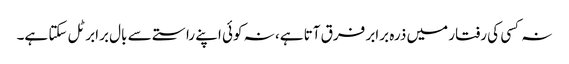
نہ کسی کی رفتار میں ذرہ برابر فرق آتا ہے، نہ کوئی اپنے راستے سے بال برابر ٹل سکتا ہے۔